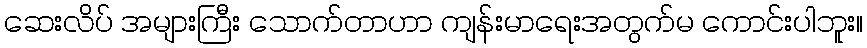
ဆေးလိပ် အများကြီး သောက်တာဟာ ကျန်းမာရေးအတွက်မ ကောင်းပါဘူး။